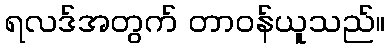
ရလဒ်အတွက် တာဝန်ယူသည်။